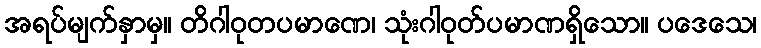
အရပ်မျက်နှာမှ။ တိဂါဝုတပမာဏေ၊ သုံးဂါဝုတ်ပမာဏရှိသော။ ပဒေသေ၊